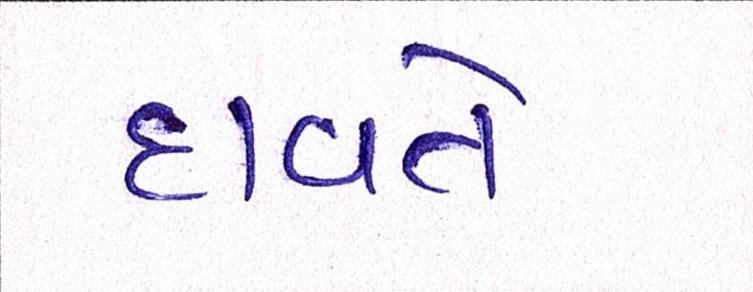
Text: દાવતે